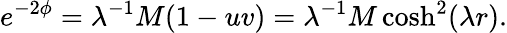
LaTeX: e^{-2\phi}=\lambda^{-1}M(1-uv)=\lambda^{-1}M\cosh^{2}(\lambda r).